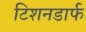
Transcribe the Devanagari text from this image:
टिशनडार्फ